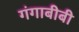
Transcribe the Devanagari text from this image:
गंगाबीबी